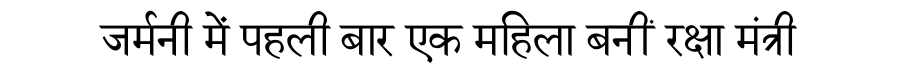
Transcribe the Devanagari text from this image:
जर्मनी में पहली बार एक महिला बनीं रक्षा मंत्री